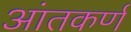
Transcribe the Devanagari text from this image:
आंतकर्ण